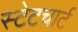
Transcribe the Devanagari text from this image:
स्टेटचार्ट